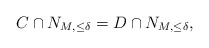
\begin{align*}C \cap N_{M,\leq \delta} = D \cap N_{M,\leq \delta},\end{align*}